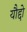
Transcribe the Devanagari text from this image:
यौद्दो